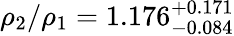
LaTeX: \rho_{2}/\rho_{1}=1.176_{-0.084}^{+0.171}